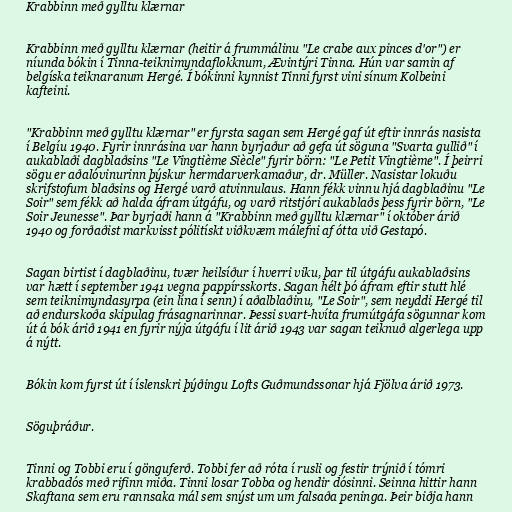
Krabbinn með gylltu klærnar

Krabbinn með gylltu klærnar (heitir á frummálinu "Le crabe aux pinces d'or") er
níunda bókin í Tinna-teiknimyndaflokknum, Ævintýri Tinna. Hún var samin af
belgíska teiknaranum Hergé. Í bókinni kynnist Tinni fyrst vini sínum Kolbeini
kafteini.

"Krabbinn með gylltu klærnar" er fyrsta sagan sem Hergé gaf út eftir innrás nasista
í Belgíu 1940. Fyrir innrásina var hann byrjaður að gefa út söguna "Svarta gullið" í
aukablaði dagblaðsins "Le Vingtième Siècle" fyrir börn: "Le Petit Vingtième". Í þeirri
sögu er aðalóvinurinn þýskur hermdarverkamaður, dr. Müller. Nasistar lokuðu
skrifstofum blaðsins og Hergé varð atvinnulaus. Hann fékk vinnu hjá dagblaðinu "Le
Soir" sem fékk að halda áfram útgáfu, og varð ritstjóri aukablaðs þess fyrir börn, "Le
Soir Jeunesse". Þar byrjaði hann á "Krabbinn með gylltu klærnar" í október árið
1940 og forðaðist markvisst pólitískt viðkvæm málefni af ótta við Gestapó.

Sagan birtist í dagblaðinu, tvær heilsíður í hverri viku, þar til útgáfu aukablaðsins
var hætt í september 1941 vegna pappírsskorts. Sagan hélt þó áfram eftir stutt hlé
sem teiknimyndasyrpa (ein lína í senn) í aðalblaðinu, "Le Soir", sem neyddi Hergé til
að endurskoða skipulag frásagnarinnar. Þessi svart-hvíta frumútgáfa sögunnar kom
út á bók árið 1941 en fyrir nýja útgáfu í lit árið 1943 var sagan teiknuð algerlega upp
á nýtt.

Bókin kom fyrst út í íslenskri þýðingu Lofts Guðmundssonar hjá Fjölva árið 1973.

Söguþráður.

Tinni og Tobbi eru í gönguferð. Tobbi fer að róta í rusli og festir trýnið í tómri
krabbadós með rifinn miða. Tinni losar Tobba og hendir dósinni. Seinna hittir hann
Skaftana sem eru rannsaka mál sem snýst um um falsaða peninga. Þeir biðja hann